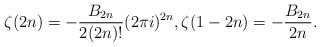
\begin{align*} \zeta(2n) =-\frac{B_{2n}}{2(2n)!}(2\pi i)^{2n},\zeta(1-2n) =-\frac{B_{2n}}{2n}.\end{align*}